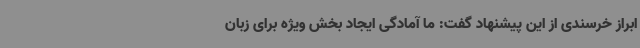
ابراز خرسندی از این پیشنهاد گفت: ما آمادگی ایجاد بخش ویژه برای زبان